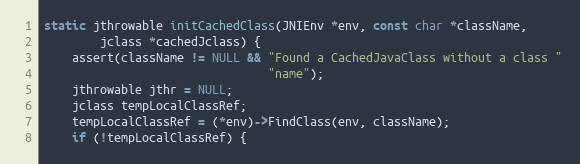
Language: C
static jthrowable initCachedClass(JNIEnv *env, const char *className,
        jclass *cachedJclass) {
    assert(className != NULL && "Found a CachedJavaClass without a class "
                                "name");
    jthrowable jthr = NULL;
    jclass tempLocalClassRef;
    tempLocalClassRef = (*env)->FindClass(env, className);
    if (!tempLocalClassRef) {